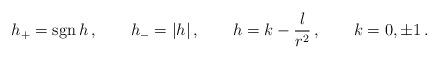
LaTeX: \begin{align*}h_+= \mathop{\rm sgn} h\,, \qquad h_-= \left|h \right |, \qquad h=k-\frac{l}{r^2}\,, \qquad k=0,\pm1\,.\end{align*}